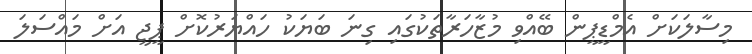
މިސާލަކަށް އެމްޑީޕީން ބޭއްވި މުޒާހަރާތަކުގައި ގިނަ ބަޔަކު ހައްޔަރުކޮށް ޕީޖީ އަށް މައްސަލަ